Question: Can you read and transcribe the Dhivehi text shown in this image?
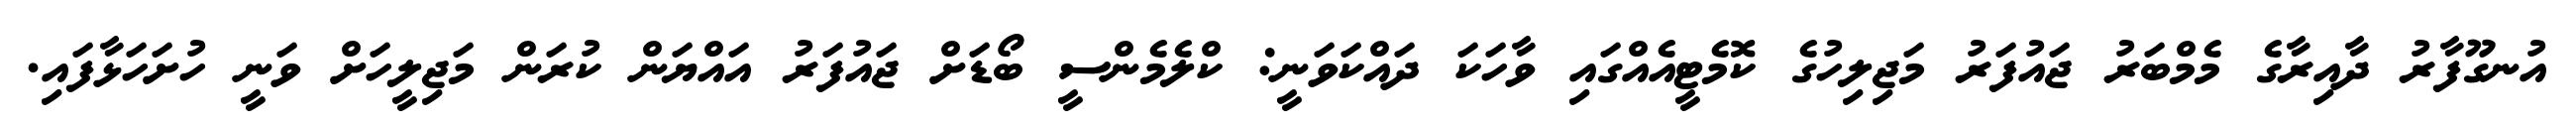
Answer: އުނގޫފާރު ދާއިރާގެ މެމްބަރު ޖައުފަރު މަޖިލިހުގެ ކޮމެޓީއެއްގައި ވާހަކަ ދައްކަވަނީ: ކްލެމެންސީ ބޯޑަށް ޖައުފަރު އައްޔަން ކުރަން މަޖިލީހަށް ވަނީ ހުށަހަޅާފައި.